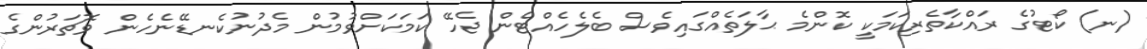
(ނ) ކޯޓުގެ ރައްކާތެރިކަމަކީ ކޮންމެ ޙާލަތެއްގައިވެސް ބެލެހެއްޓެން ޖެހޭ ކަމަކަށްވުމުން މެދުނުކެނޑޭނެހެން ވޮޗަރުންގެ